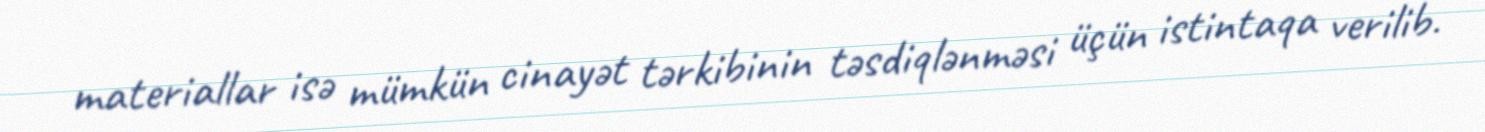
materiallar isə mümkün cinayət tərkibinin təsdiqlənməsi üçün istintaqa verilib.